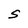
Character: S